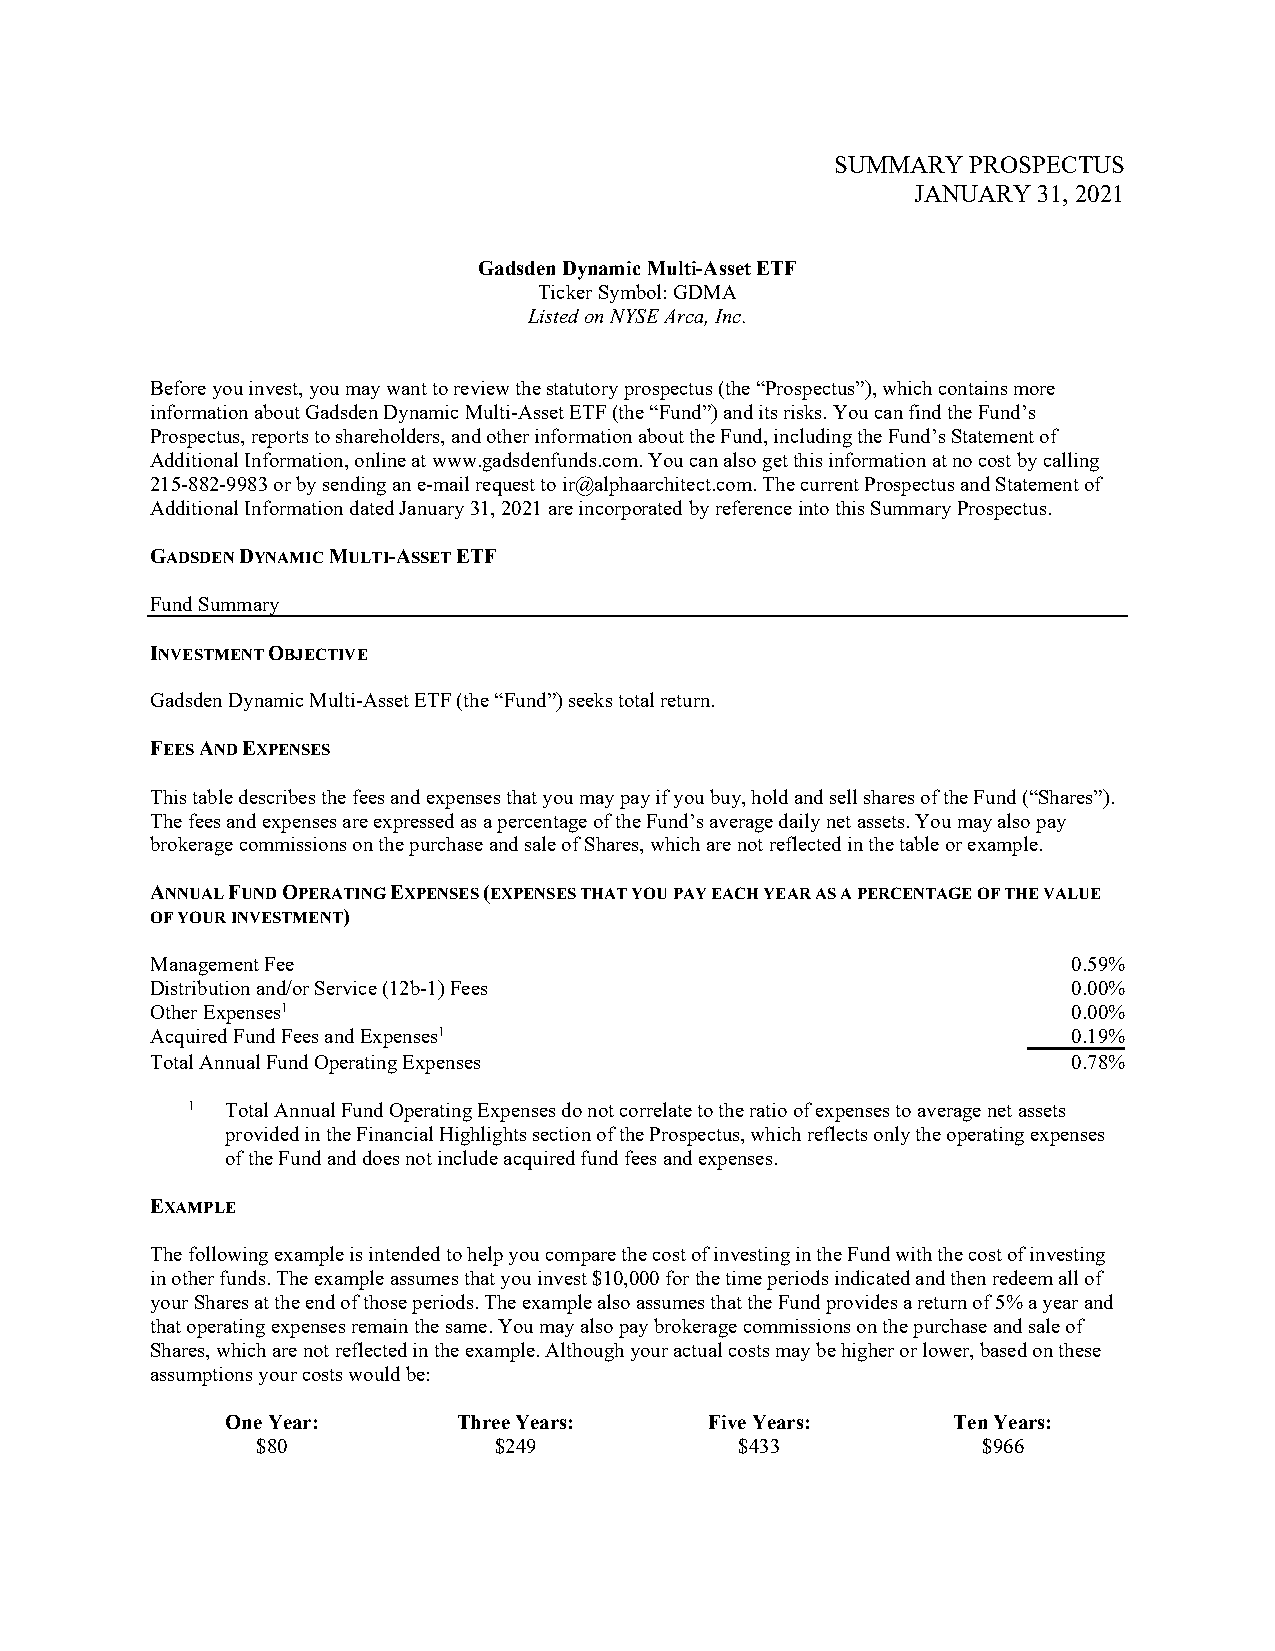
SUMMARY  PROSPECTUS
 JANUARY 31, 2021
 Gadsden Dynamic Multi-Asset ETF
 Ticker Symbol: GDMA
 Listed on NYSE Arca, Inc.
 Before you invest, you may want to review the statutory prospectus (the “Prospectus”), which contains more
 information about Gadsden Dynamic Multi-Asset ETF (the “Fund”) and its risks. You can find the Fund’s
 Prospectus, reports to shareholders, and other information about the Fund, including the Fund’s Statement of
 Additional Information, online at www.gadsdenfunds.com. You can also get this information at no cost by calling
 215‑882‑9983 or by sending an e-mail request to ir@alphaarchitect.com. The current Prospectus and Statement of
 Additional Information dated January 31, 2021 are incorporated by reference into this Summary Prospectus.
 GADSDEN DYNAMIC MULTI-ASSET ETF
 Fund Summary
 INVESTMENT OBJECTIVE
 Gadsden Dynamic Multi-Asset ETF (the “Fund”) seeks total return.
 FEES AND EXPENSES
 This table describes the fees and expenses that you may pay if you buy, hold and sell shares of the Fund (“Shares”).
 The fees and expenses are expressed as a percentage of the Fund’s average daily net assets. You may also pay
 brokerage commissions on the purchase and sale of Shares, which are not reflected in the table or example.
 ANNUAL FUND OPERATING EXPENSES (EXPENSES THAT YOU PAY EACH YEAR AS A PERCENTAGE OF THE VALUE
 OF YOUR INVESTMENT)
 Management Fee                                               0.59%
 Distribution and/or Service (12b-1) Fees                     0.00%
 Other Expenses1                                              0.00%
 Acquired Fund Fees and Expenses1                             0.19%
 Total Annual Fund Operating Expenses                         0.78%
 1  Total Annual Fund Operating Expenses do not correlate to the ratio of expenses to average net assets
 provided in the Financial Highlights section of the Prospectus, which reflects only the operating expenses
 of the Fund and does not include acquired fund fees and expenses.
 EXAMPLE
 The following example is intended to help you compare the cost of investing in the Fund with the cost of investing
 in other funds. The example assumes that you invest $10,000 for the time periods indicated and then redeem all of
 your Shares at the end of those periods. The example also assumes that the Fund provides a return of 5% a year and
 that operating expenses remain the same. You may also pay brokerage commissions on the purchase and sale of
 Shares, which are not reflected in the example. Although your actual costs may be higher or lower, based on these
 assumptions your costs would be:
 One Year:      Three Years:     Five Years:     Ten Years:
 $80             $249            $433            $966